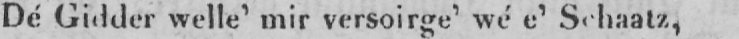
De Gidder welle’ mir versoirge’ wé e’ Schaatz,